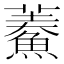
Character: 𩺁